Report on sanitation, dispensaries, and jails in Rajputana for 1914, and on vaccination for the year 1914-1915 - 1914-1915
Year: 1914
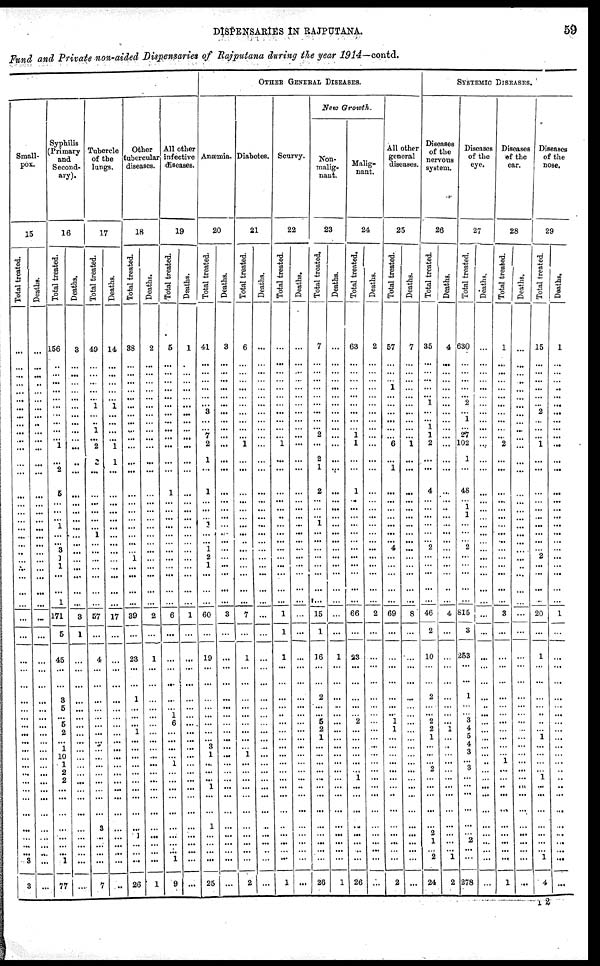
DISPENSARIES IN RAJPUTANA.
59
Fund and Private non-aided Dispensaries of Rajputana during the year 1914—contd.
Small-
pox.
15
Totaltreated.
...
...
...
...
...
...
...
...
...
...
...
...
...
...
...
...
...
...
...
...
...
...
...
...
...
...
...
...
...
...
...
...
...
...
... ...
...
...
...
...
...
...
...
...
...
...
...
... ...
... 3
3
Deaths.
...
...
...
...
...
...
...
...
..
...
...
...
...
...
...
...
...
...
...
...
...
...
...
...
...
...
...
...
...
...
...
...
...
...
...
...
...
...
...
...
...
...
...
...
...
...
...
...
...
...
...
...
Syphilid
(primary
and
Second-
ary).
16
Total treated.
156
...
...
...
...
...
...
...
...
...
...
1
...
2...
5
...
...
...
1
...
...
8
1
1
...
...
1
171
5
45
...
...
3
5
... 5
2
...
1
10
1
2
2
...
...
...
...
...
...
... 1
77
Deaths.
3
...
...
...
...
...
...
...
...
...
...
...
...
...
...
...
...
...
...
...
...
...
...
...
...
...
...
8
1
...
...
...
...
...
...
...
...
...
...
...
...
...
...
...
...
...
...
...
...
...
...
...
Tubercle
of the
lungs.
17
Total treated.
49
...
...
...
...
... 1
...
..
1
...
2
...
...
...
...
...
...
...
1
...
...
...
...
...
...
...
57
...
4
...
...
...
...
...
...
...
...
...
...
...
...
...
...
...
...
...
...
...
...
...
7
Death.
14
...
...
...
...
...
1
...
...
...
...
1
1
...
...
...
...
...
...
...
...
...
...
...
...
...
...
17
...
...
...
...
...
...
...
...
...
...
...
...
...
...
...
...
...
...
...
...
...
...
...
..
Other
tubercular
diseases.
18
Total treated.
38
...
...
...
...
...
...
...
...
...
...
...
...
...
...
...
...
...
...
...
...
...
1
...
...
...
...
39
...
23
...
...
1
...
...
...
1
...
...
...
...
...
...
...
...
...
...
1
...
...
...
26
Deaths.
2
...
...
...
...
...
...
...
...
...
...
...
...
...
...
...
...
...
...
...
...
...
...
...
...
...
...
2
...
1
...
...
...
...
...
...
...
...
...
...
...
...
...
...
...
...
...
...
...
...
...
1
All other
infective
diseases.
19
Total treated.
5
...
...
...
...
...
...
...
...
...
...
...
...
...
1
...
...
...
...
...
...
...
...
...
...
...
...
6
...
...
...
...
...
...
1
6
...
...
...
...
1
...
...
...
...
...
...
...
...
... 1
9
Deaths.
1
...
...
...
...
...
...
...
...
...
...
...
...
...
...
...
...
...
...
...
...
...
...
...
...
...
...
1
...
...
...
...
...
...
...
...
...
...
...
...
...
...
...
...
...
...
...
...
...
...
...
...
OTHER GENRAL DISEASES.
Anœmia.
20
Total treated.
41
...
...
...
...
...
...
3
...
7
2
1
...
1
...
...
...
1
...
...
1
2
1
...
...
...
60
...
19
...
...
...
...
...
...
...
... 3
1
...
...
...
1
...
...
1
...
...
...
...
25
Deaths.
3
...
...
...
...
...
...
...
...
...
...
...
...
...
...
...
...
...
...
...
...
...
...
...
...
...
...
3
...
...
...
...
...
...
...
...
...
...
...
...
...
...
...
...
...
...
...
...
...
...
...
...
Diabetes.
21
Total treated.
6
...
...
...
...
...
...
...
...
...
...
1
...
...
...
...
...
...
...
...
..
...
...
...
...
...
...
7
...
1
...
...
...
...
...
...
...
...
...
1
...
...
...
...
...
...
...
...
...
...
...
...
Deaths.
...
...
...
...
...
...
...
...
...
...
...
...
...
...
...
...
...
...
...
...
...
...
...
...
...
...
...
...
...
...
...
...
...
...
...
...
...
...
...
...
...
...
...
...
...
...
...
...
...
...
...
...
Scurvy.
22
Total treated.
...
...
...
...
...
...
...
...
...
...
...
1
...
...
...
...
...
...
...
...
...
...
...
...
...
...
...
1
1
1
...
...
...
...
...
...
...
...
...
...
...
...
...
...
...
...
...
...
...
...
...
1
Deaths.
...
...
...
...
...
...
...
...
...
...
...
...
...
...
...
...
...
...
...
...
...
...
...
...
...
...
...
...
...
...
...
...
...
...
...
...
...
...
...
...
...
...
...
..
...
...
...
...
...
...
...
...
New Growth.
Non-
malig-
nant.
23
Total treated.
7
...
...
...
...
...
...
...
...
... 2
...
2
1
2
...
...
...
1
...
...
...
...
...
...
...
...
15
1
16
...
...
2
...
... 5
2
1
...
...
...
...
...
...
...
...
...
...
...
...
...
26
Deaths.
...
...
...
...
...
...
...
...
...
...
...
...
...
...
...
...
...
...
...
...
...
...
...
...
...
...
...
...
...
1
...
...
...
...
...
...
...
...
...
...
...
...
...
...
...
...
...
...
...
...
...
1
Malig-
nant.
24
Total treated.
63
...
...
...
...
...
...
...
...
...
1
1
...
...
1
..
...
...
...
...
...
...
...
...
...
...
...
66
...
23
...
...
...
...
... 2
...
...
...
...
...
...
1
...
...
...
...
...
...
...
...
26
Deaths.
2
...
...
...
...
...
...
...
...
...
...
...
...
...
...
...
...
...
...
...
...
...
...
...
...
...
...
2
...
...
...
...
...
...
...
...
...
...
...
...
...
...
...
...
...
...
...
...
...
...
...
...
All other
general
diseases.
25
Total treated.
67
...
...
...
1
...
...
...
...
...
...
6
...
...
...
...
...
...
...
...
...
4
...
...
...
...
69
...
...
...
...
...
...
... 1
1
...
...
...
...
...
...
...
...
...
...
...
...
...
...
2
Deaths.
7
...
...
...
...
...
...
...
...
...
...
...
...
...
...
...
...
...
...
...
...
...
...
...
...
...
...
8
...
...
...
...
...
...
...
...
...
...
...
...
...
...
...
...
...
...
...
...
...
...
...
...
SYSTEMIC DISEASES.
Diseases
of the
nervons
system.
26
Total treated.
35
...
...
...
...
... 1
...
...
1
1
2
...
...
4
...
...
...
...
...
...
2
...
...
...
...
...
46
2
10
...
...
2
...
... 2
2
1
...
...
... 2
...
...
...
...
...
2
1
... 2
24
Deaths.
4
...
...
...
...
...
...
...
...
...
...
...
...
...
...
...
...
...
...
...
...
...
...
...
...
...
...
4
...
...
...
...
...
...
...
...
...
...
...
...
...
...
...
...
...
...
...
...
...
... 1
2
Diseases
of the
eye.
27
Total treated.
630
...
...
...
...
... 2
...
1
... 27
102
1
...
48
...
...
1
...
...
...
2
...
...
...
...
...
815
3
253
...
...
1
...
... 3
4
5
4
3
... 3
...
...
...
...
...
2
...
...
278
Deaths.
...
...
...
...
...
...
...
...
...
...
...
...
...
...
...
...
...
...
...
...
...
...
...
...
...
...
...
...
...
...
...
...
...
...
...
...
...
...
...
...
...
...
...
...
...
...
...
...
...
...
...
...
Diseases
of the
car.
28
Total treated.
1
...
...
...
...
...
...
...
...
...
...
2
...
...
...
...
...
...
...
...
...
...
...
...
...
...
...
3
...
...
...
...
...
...
...
...
...
...
...
...
...
...
...
..
...
...
...
...
...
...
...
1
Deaths.
...
...
...
...
...
...
...
...
...
...
...
...
...
...
...
...
...
...
...
...
...
...
...
...
...
...
...
...
...
...
...
...
...
...
...
...
...
...
...
...
...
...
...
...
...
...
...
...
...
...
...
Diseases
of the
nose.
29
Total treated.
15
...
...
...
...
...
...
2
...
...
...
1
...
...
...
...
...
...
...
...
...
...
2
...
...
...
...
20
...
1
...
...
...
...
... .. 1
...
1
...
...
...
...
1
...
...
...
...
...
...
... 1
4
Deaths.
1
...
...
...
...
...
...
...
...
...
...
...
...
...
...
...
...
...
...
...
...
...
...
...
...
...
...
1
...
...
...
...
...
...
... ...
...
...
...
...
...
...
...
...
...
...
...
...
...
...
...
...
I 2